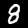
Label: 8